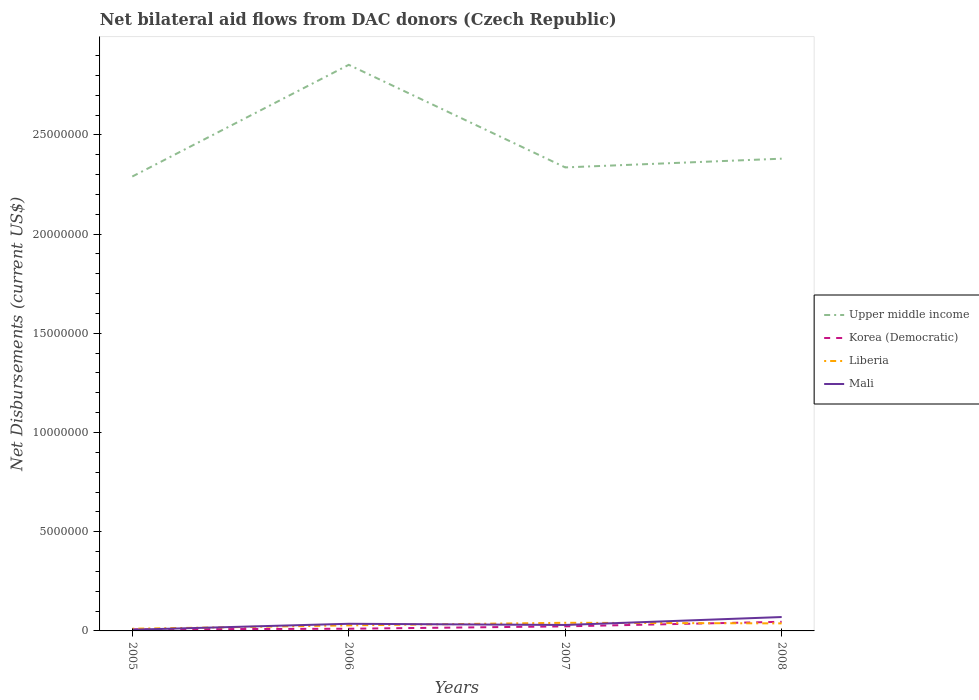
| Years | Upper middle income | Korea (Democratic) | Liberia | Mali |
 | --- | --- | --- | --- | --- |
 | 2005 | 2.29e+07 | 8e+04 | 1.1e+05 | 6e+04 |
 | 2006 | 2.85e+07 | 1.1e+05 | 2.8e+05 | 3.6e+05 |
 | 2007 | 2.34e+07 | 2.3e+05 | 4.1e+05 | 3e+05 |
 | 2008 | 2.38e+07 | 4.6e+05 | 3.8e+05 | 7e+05 |